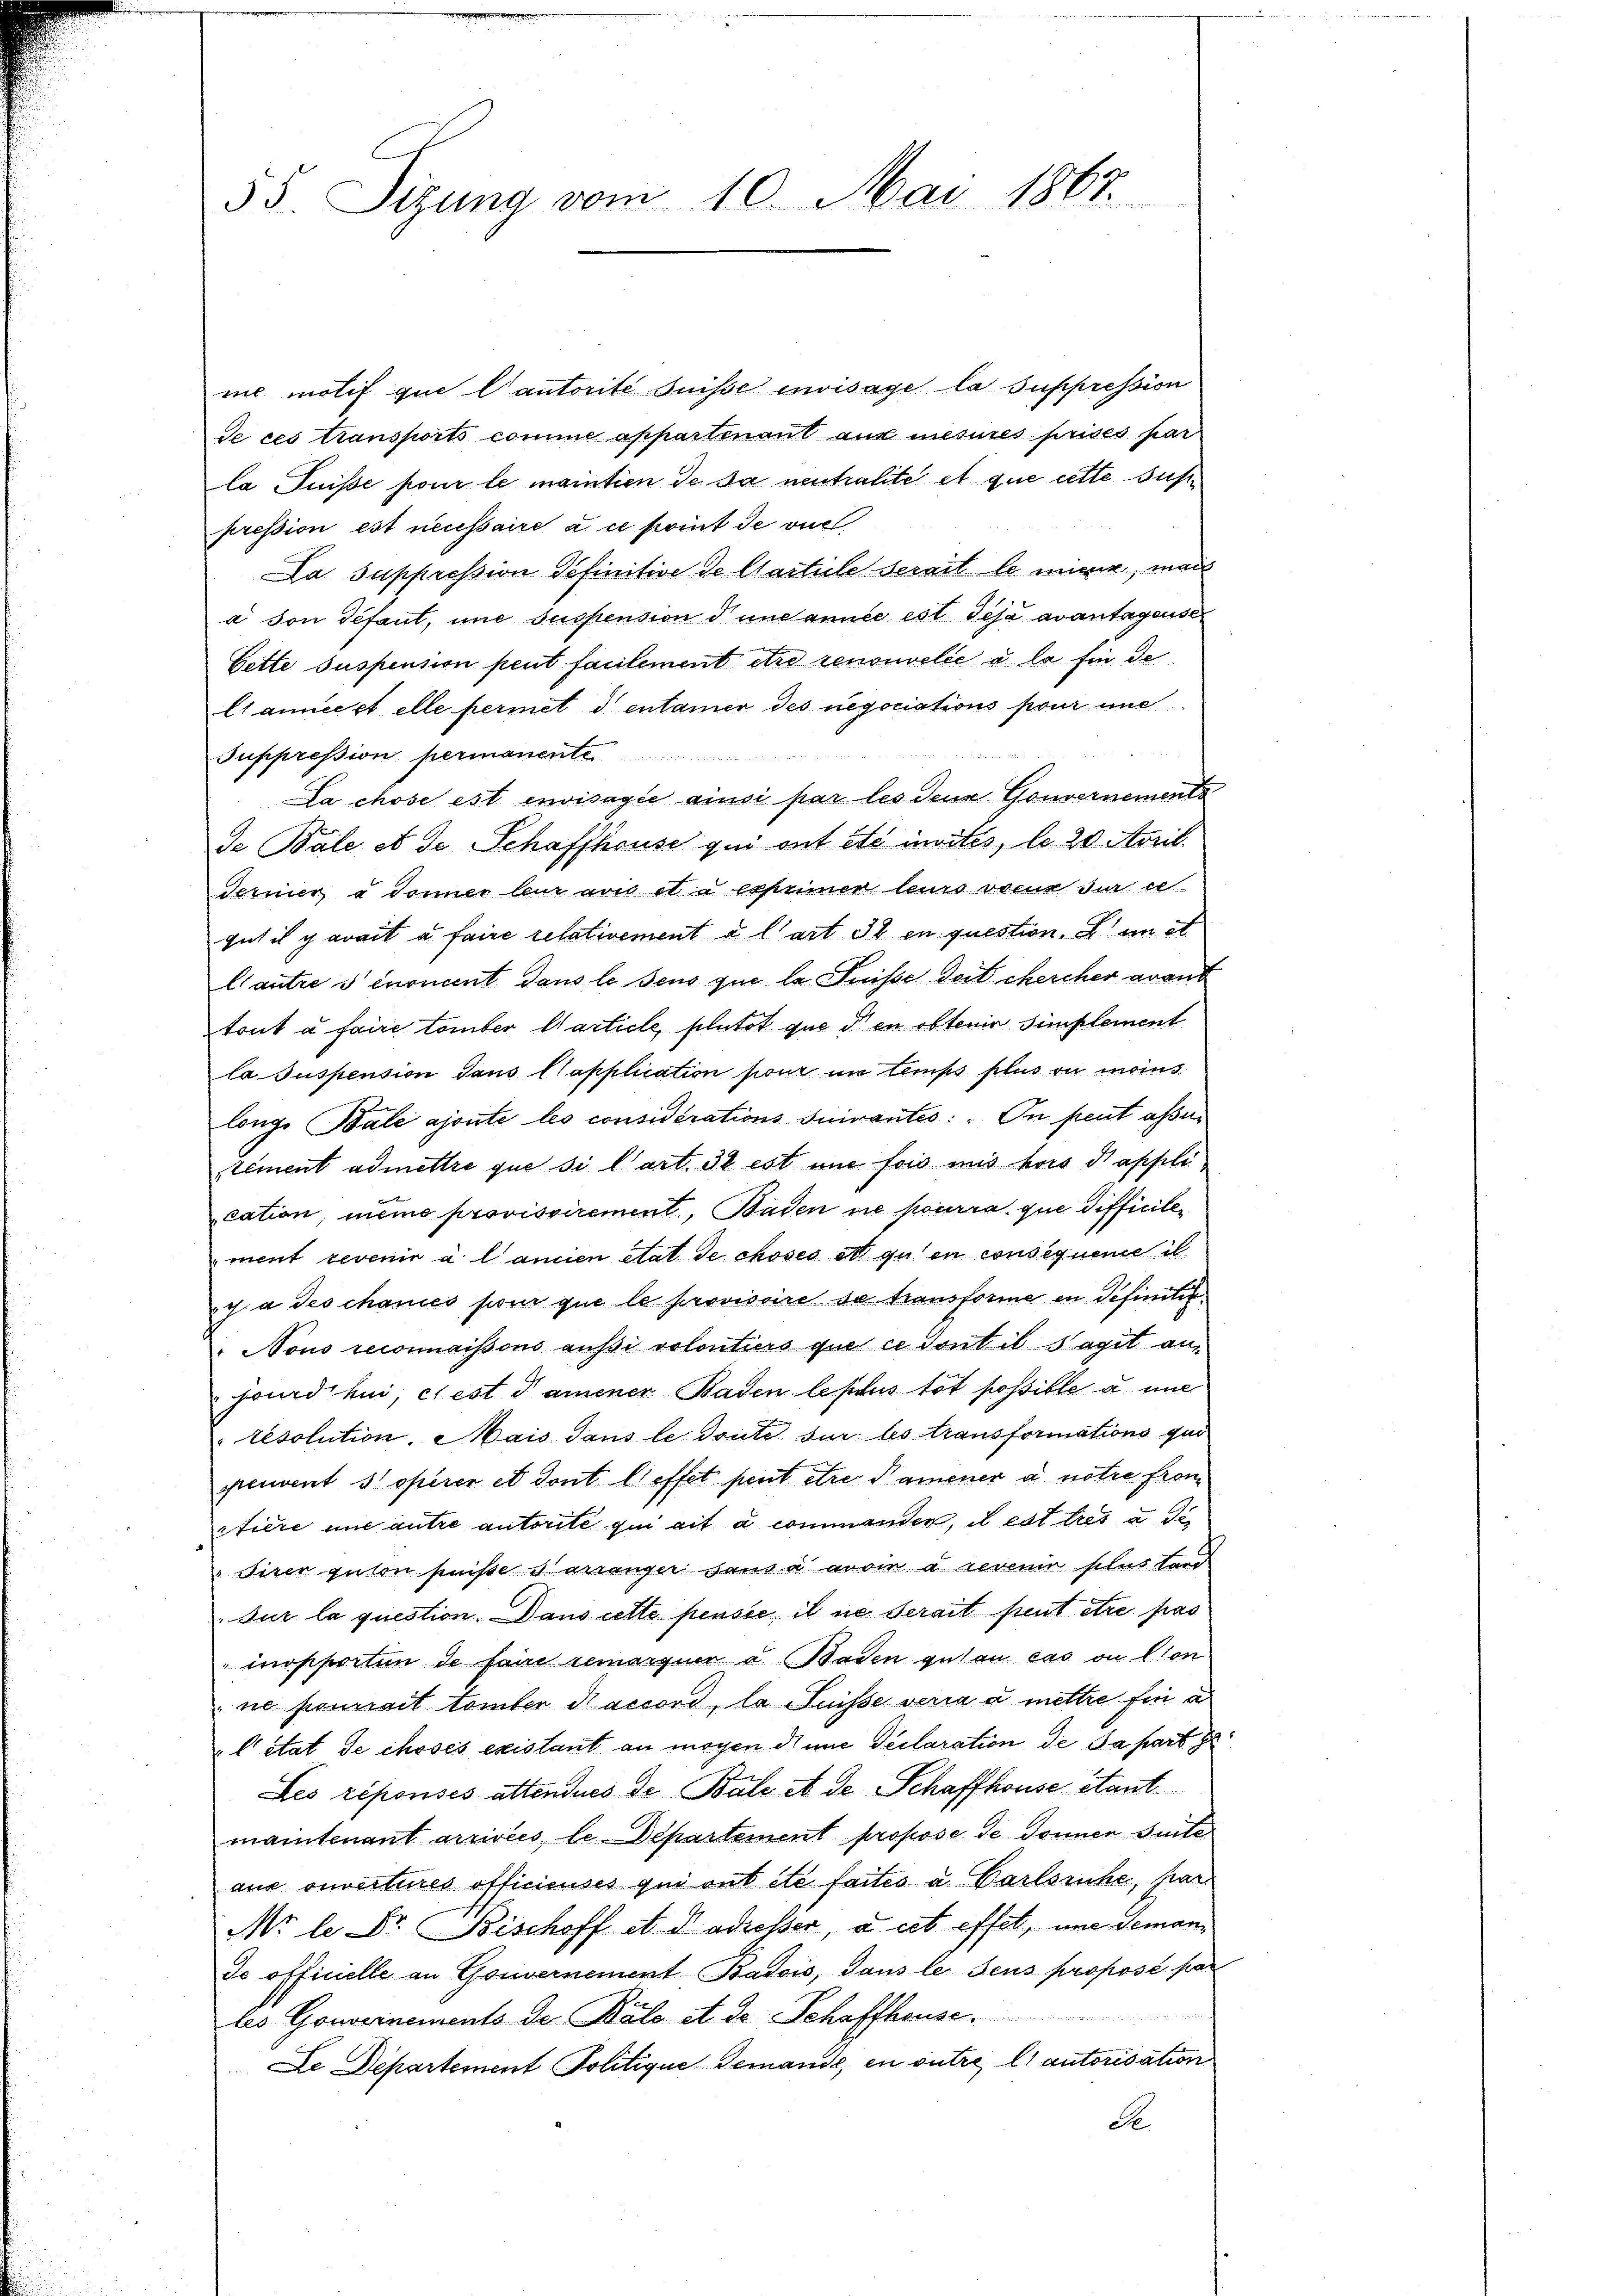
35. Sizung vom 10. Mai 1867.

me motif que Cantorité suisse envisage la suppression
de ces transports comme appartenant aus mesures prises par
la Puisse pour le maintien de sa neutralite et que cette. Gust
pression est necessaire à ce point de vue
Da Suppression definitive de Marticle serait le mir, mais
a von défaut, une suspension d. und année est déjà avantagense
Gette suspension peut faulement être renouvelle a la für de
Cance et elle permet d entamier des negociations pour une

Suppression permanente
La chose est envisagie ainsi par les deur Gouvernements
De Bale et de Schaffhause qui ont etc imites, le 20 April
Ferner u Sonner leur aus et a expennen leurs voeux sur ce
gut il parait a faire relativement à l’art Il en question. Zum et
lantre s énoncent. Dans le sens que la Suisse der chercher grand
tout à faire tomber Marticle plutot que den obtenir simplement
la Suspension dans Capplication pour im temps plus an mans
long. Bale ajoute les considérations suivantes: In peut assen
tement admettre que si l’art. 31 est une fois mus hors diapseli
cation, meine provisoirement, Baden die pourra, que difficilement revenir à l’ancien état de choses et guten consequeme il
c a Geschaniés pour que le provisoire de transforme in definitif¬
" Nous reconnaissous aussi volontiers que ce dont il s’agit an
jourd hui, c’est dammener Baden leptus tot possible u. une
"resolution, Mais dans le Toute sur les transformations qui
peuvent s operer et dont l’effet peut être Namener a. notie from
stiere und antre autorité qui ait à commenden, il est tres a de
Sirer guten puisse d’arranger sans a avoir à revenir plus tard
Sur la question. Dans cette pensee il ne serait freut être pas
inopportum de faire semarquer u Baden guten cas ou lion
ne sonnait tomber di accord, la Suisse verra a mettre fin a
l état de choses existant an mögen diene Declaration de sa part
Les réponses attendues de Bale et de Schaffhouse stant.
maintenant arrivées, le-Departement propose de donnen Seite
aus ouvertures officieuses qui ont été faites a Carlsruhe, par
NNo le Dr. Bischoff et Radresser, a cet effet, une demande officielle an Gouvernement Badois, dans le Seus proposé par

les Gouvernements de Balo et de Schaffhause.
Le Departement Politique Gemandé, en outre l’autorisation
de